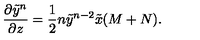
{ \frac { \partial \tilde { y } ^ { n } } { \partial z } } = { \frac { 1 } { 2 } } n \tilde { y } ^ { n - 2 } \tilde { x } ( M + N ) .